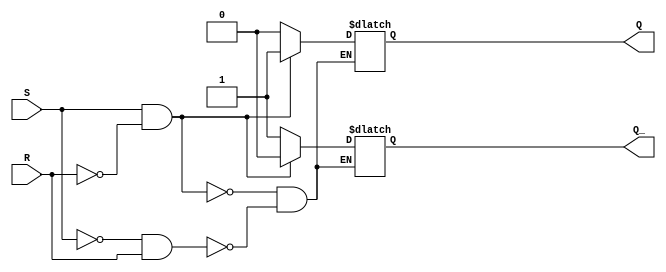
module sr_ff (
    input S,
    input R,
    output reg Q,
    output reg Q_
);

always @ (S, R)
begin
    if (S && !R) begin
        Q <= 1;
        Q_ <= 0;
    end
    else if (!S && R) begin
        Q <= 0;
        Q_ <= 1;
    end
    else if (S && R) begin
        // No change in state
    end
end

endmodule